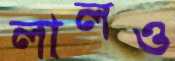
লালও